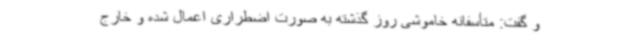
و گفت: متأسفانه خاموشی روز گذشته به صورت اضطراری اعمال شده و خارج